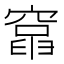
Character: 𥨈